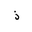
Letter: _thal